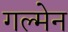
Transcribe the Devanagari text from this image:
गल्मेन